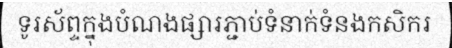
ទូរស័ព្ទក្នុងបំណងផ្សារភ្ជាប់ទំនាក់ទំនងកសិករ